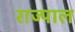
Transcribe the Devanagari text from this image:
राज्पाल